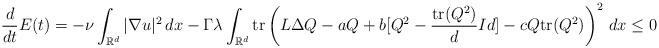
LaTeX: \begin{align*}\frac{d}{dt}E(t)=-\nu\int_{\mathbb{R}^d}|\nabla u|^2\,dx-\Gamma \lambda\int_{\mathbb{R}^d} \textrm{tr}\left(L\Delta Q-aQ+b[Q^2-\frac{\textrm{tr}(Q^2)}{d}Id]-cQ\textrm{tr}(Q^2)\right)^2\,dx\le 0\end{align*}